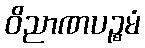
ဝိညာဏပဉ္စမံ